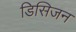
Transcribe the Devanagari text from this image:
डिसिजन